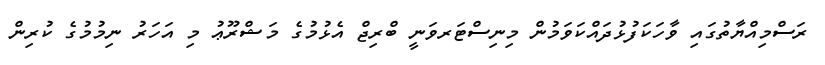
ރަސްމިއްޔާތުގައި ވާހަކަފުޅުދައްކަވަމުން މިނިސްޓަރވަނީ ބްރިޖް އެޅުމުގެ މަޝްރޫޢު މި އަހަރު ނިމުމުގެ ކުރިން